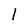
Character: l